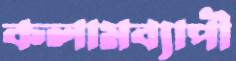
কলামব্যাপী